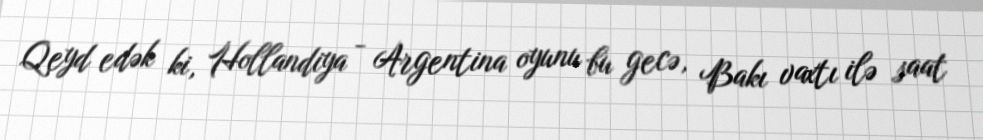
Qeyd edək ki, Hollandiya - Argentina oyunu bu gecə, Bakı vaxtı ilə saat